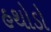
હથોડો